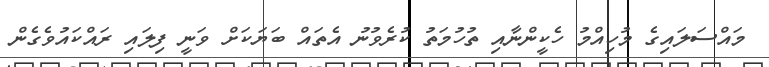
މައްސަލައިގެ މުހިއްމު ހެކީންނާއި ތުހުމަތު ކުރެވުނު އެތައް ބަޔަކަށް ވަނީ ފިލައި ރައްކައުވެގެން